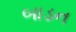
બાડન